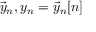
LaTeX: { \vec { y } } _ { n } , y _ { n } = { \vec { y } } _ { n } [ n ]